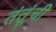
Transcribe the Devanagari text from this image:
तंतूंची